Civil Veterinary Dept. Bombay admin report 1923-31 - 1923-1931
Year: 1923
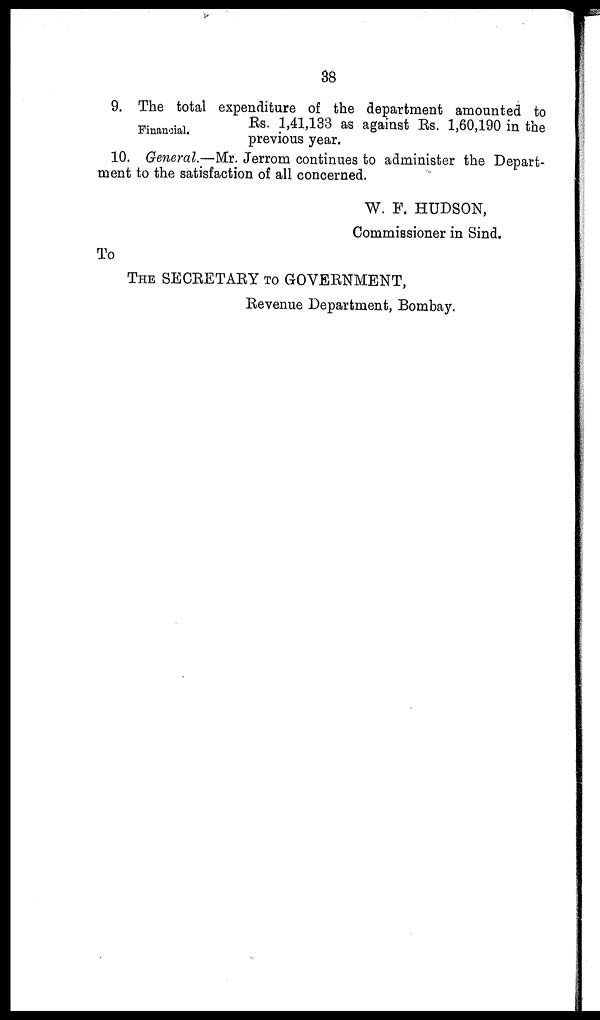
38
Financial.
9. The total expenditure of the department amounted to
Rs. 1,41,133 as against Rs. 1,60,190 in the
previous year.
10. General.—Mr. Jerrom continues to administer the Depart-
ment to the satisfaction of all concerned.
W. F. HUDSON,
Commissioner in Sind.
To
THE SECRETARY TO GOVERNMENT,
Revenue Department, Bombay.